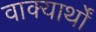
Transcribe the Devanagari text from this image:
वाक्यार्थों